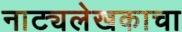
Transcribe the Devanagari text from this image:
नाट्यलेखकाचा